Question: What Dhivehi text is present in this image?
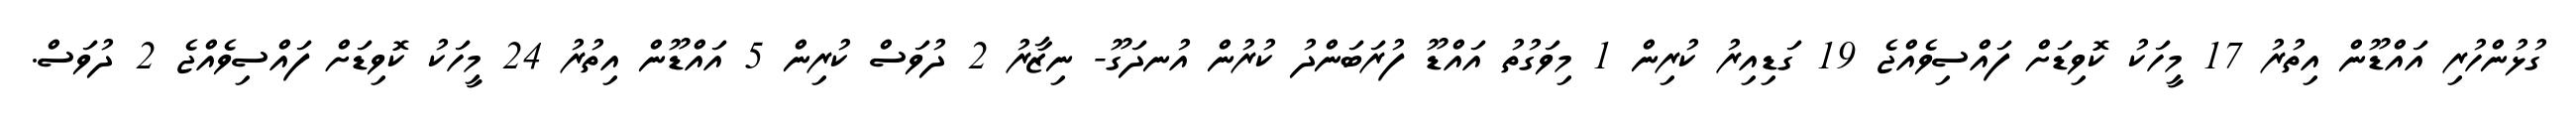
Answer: ގުޅުންހުރި އައްޑޫން އިތުރު 17 މީހަކު ކޮވިޑަށް ފައްސިވެއްޖެ 19 ގަޑިއިރު ކުރިން 1 މިވަގުތު އައްޑޫ ފުރަބަންދު ކުރުން އުނދަގޫ- ނިޒާރު 2 ދުވަސް ކުރިން 5 އައްޑޫން އިތުރު 24 މީހަކު ކޮވިޑަށް ފައްސިވެއްޖެ 2 ދުވަސް.